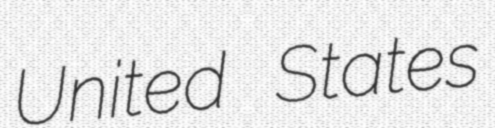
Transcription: United States